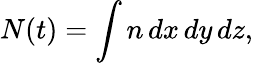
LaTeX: N(t)=\int n\, dx\, dy\, dz,